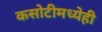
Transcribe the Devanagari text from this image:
कसोटीमध्येही